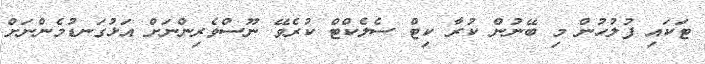
ޓަކައި ފުލުހުން މި ބޭނުން ކުރާ ކިޓް ސެލެކްޓް ކުރެވޭ ނޫސްވެރިންނަށް އަޅުގަނޑުމެންނަށް